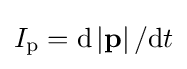
I_{\mathrm {p} }=\mathrm {d} \left|\mathbf {p} \right|/\mathrm {d} t\,\!